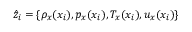
\hat { z } _ { i } = \{ \rho _ { x } ( x _ { i } ) , p _ { x } ( x _ { i } ) , T _ { x } ( x _ { i } ) , u _ { x } ( x _ { i } ) \}